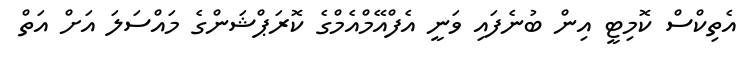
އެތިކްސް ކޮމިޓީ އިން ބުނެފައި ވަނީ އެފްއޭމްއެމްގެ ކޮރަޕްޝަންގެ މައްސަލަ އަށް އަތް